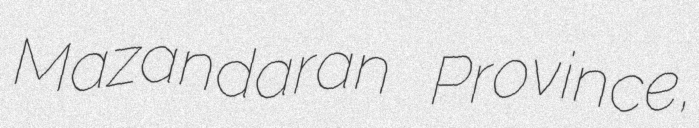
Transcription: Mazandaran Province,